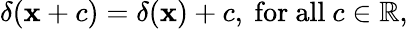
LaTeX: \delta(\mathbf{x}+c)=\delta(\mathbf{x})+c,{\mathrm{{~for~all~}}}c\in\mathbb{{R}},